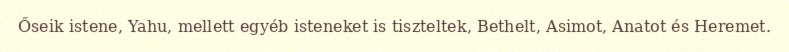
Őseik istene, Yahu, mellett egyéb isteneket is tiszteltek, Bethelt, Asimot, Anatot és Heremet.